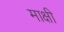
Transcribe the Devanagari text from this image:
माक्षी